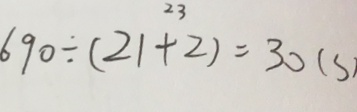
6 9 0 \div ( 2 1 + 2 ) = 3 0 ( s )